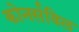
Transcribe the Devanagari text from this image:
कोनर्सविल